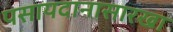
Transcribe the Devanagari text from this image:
पसायदानासारखा